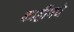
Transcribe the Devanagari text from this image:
काहींमधे